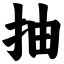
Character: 抽